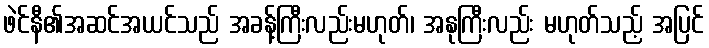
ဖဲင်နီ၏အဆင်အယင်သည် အခန့်ကြီးလည်းမဟုတ်၊ အနုကြီးလည်း မဟုတ်သည့် အပြင်